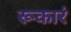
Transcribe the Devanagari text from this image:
रूकारं